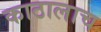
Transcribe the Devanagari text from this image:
काठालाच